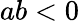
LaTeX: ab<0